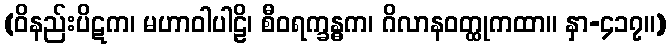
(ဝိနည်းပိဋက၊ မဟာဝါပါဠိ၊ စီဝရက္ခန္ဓက၊ ဂိလာနဝတ္ထုကထာ။ နှာ-၄၁၇။)